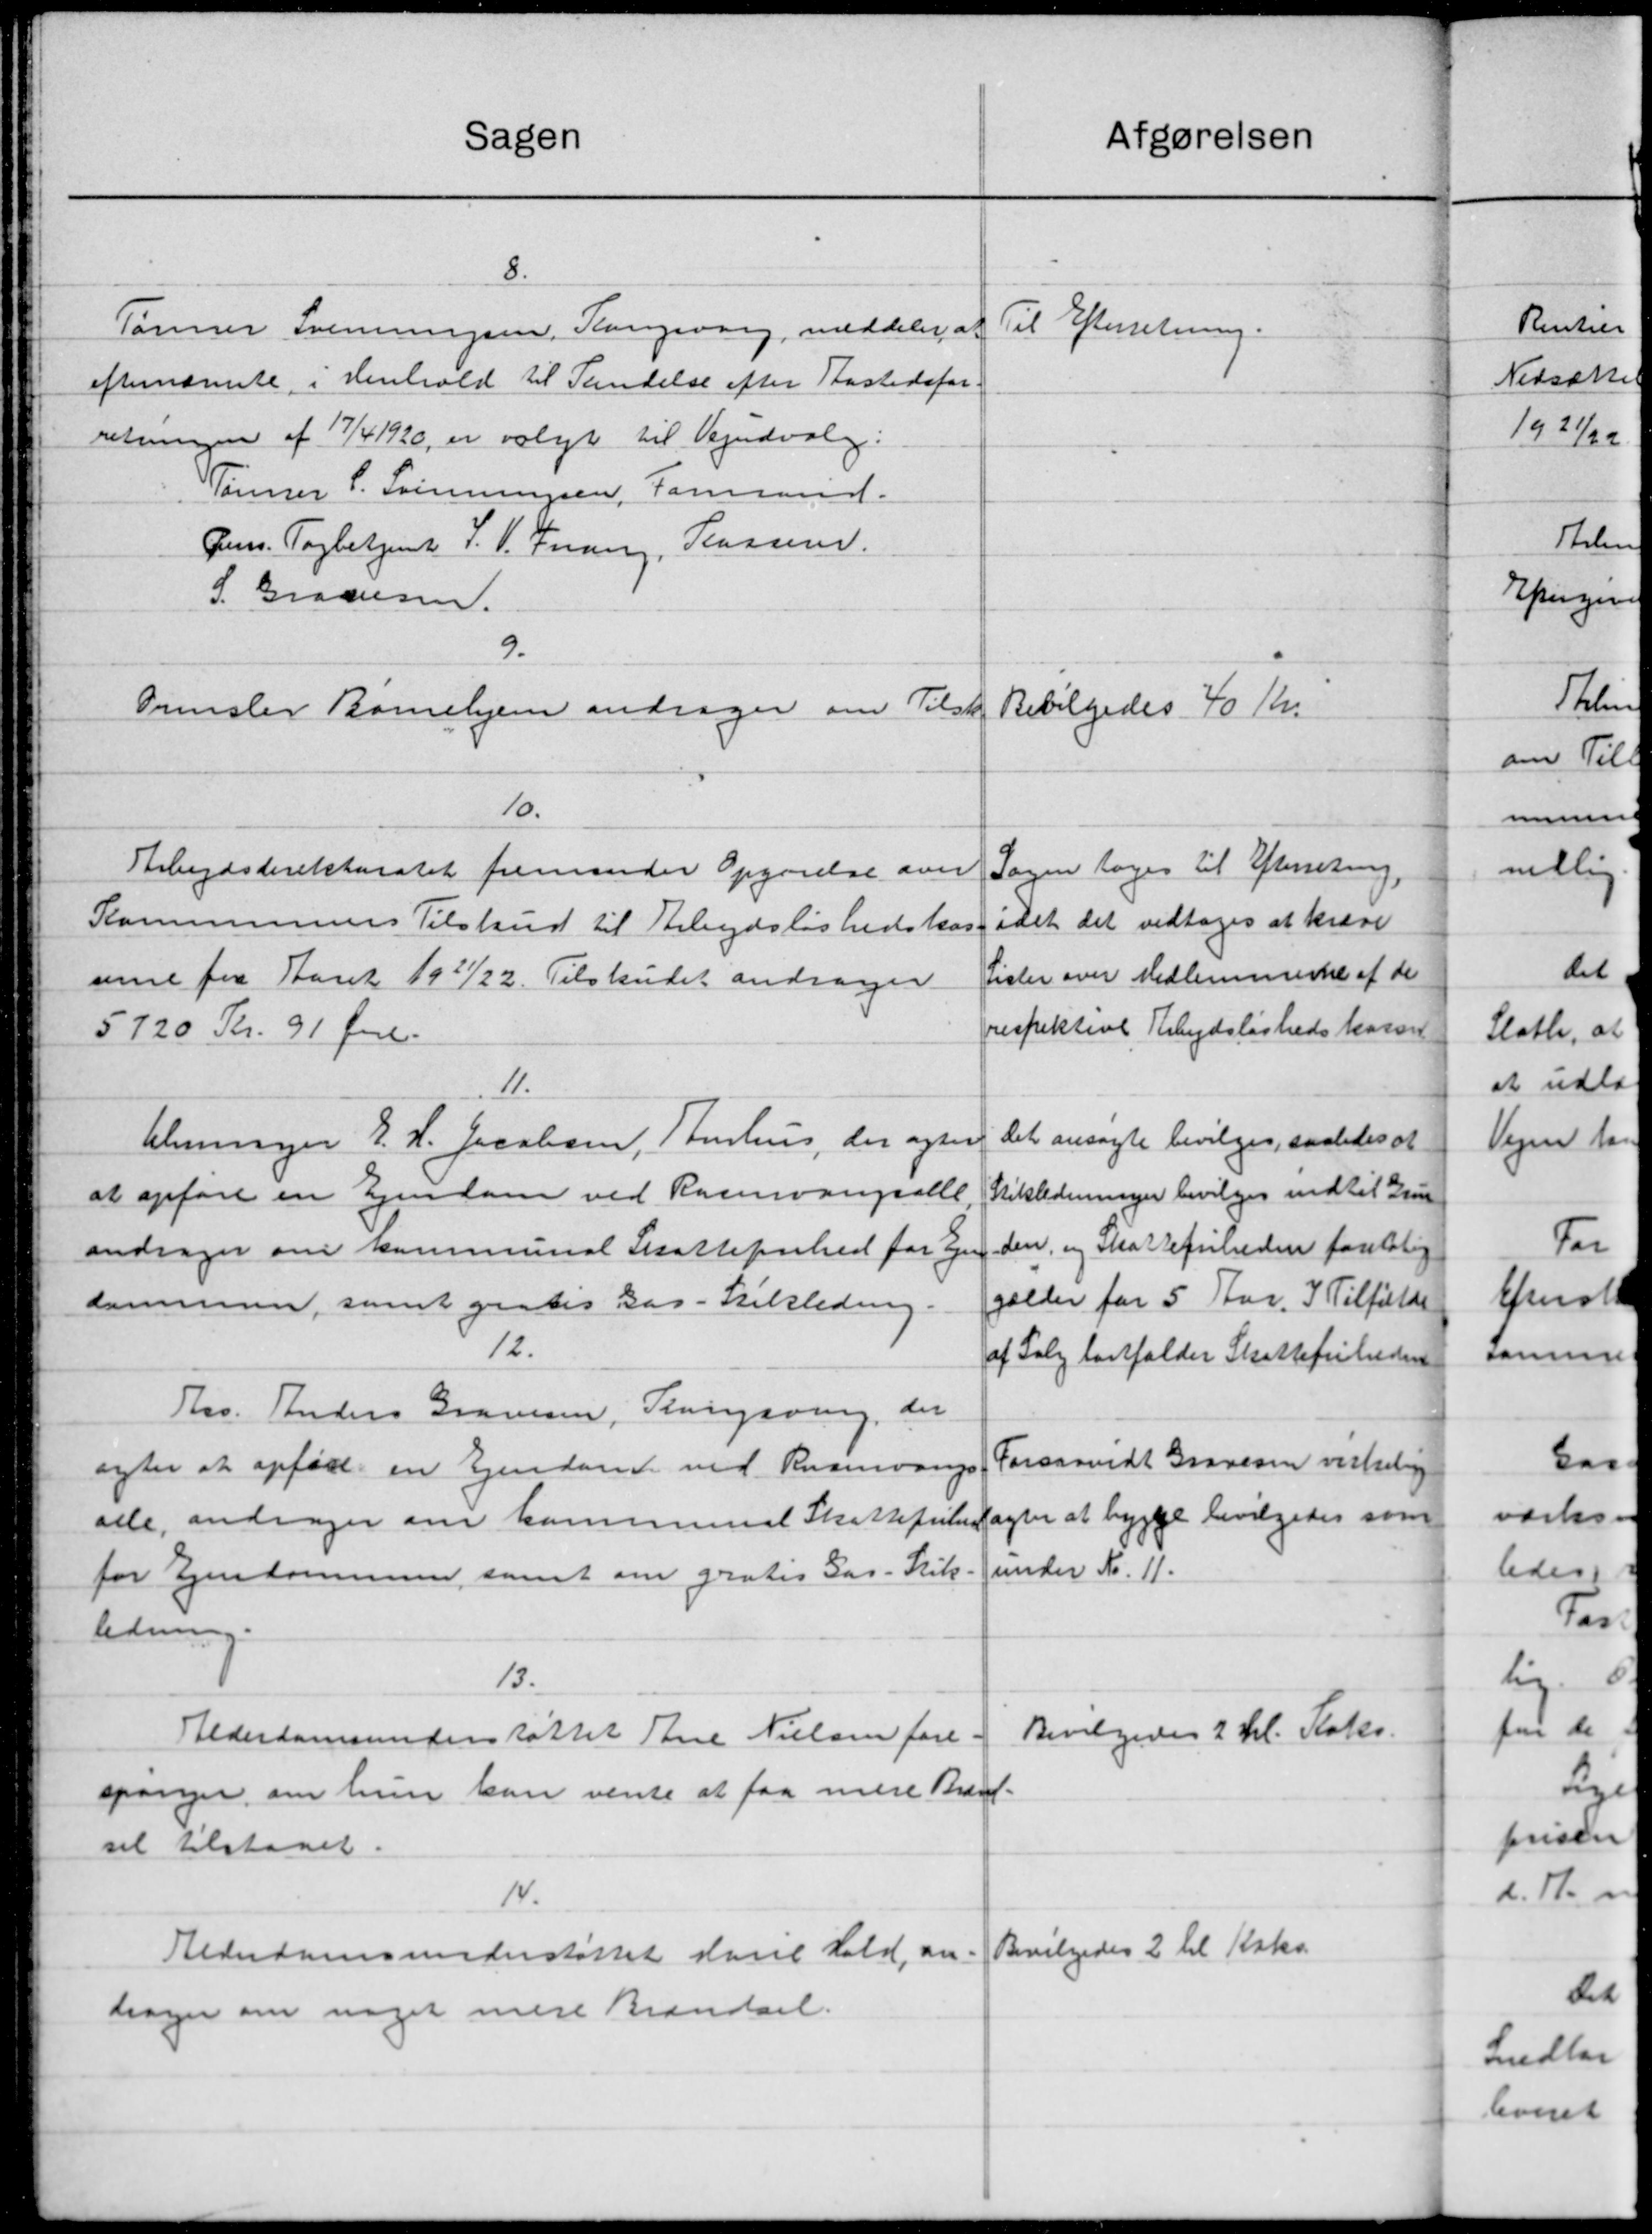
Transskription:
Sagen
atgørelsen
8.
Til Efterretning.
Tømrer Svenningsen, Kangeborg, meddeler at
efternævnte i Henhold til Tandelse efter Rastedsfor-
retningen af 17/4 1920, er valgt til Vejudvalg:
Tømrer P. Svinningsen, Formand.
Jens Tagbetjent S. V. Trang, Kasserer.
S. Graasen.
9.
Ormslev Børnehjem andrager om Tilsk. Bevilgedes 40 Kr.
10.
Sagen toges til Efterretning
Arbejdsdirektoratet fremsender Opgørelse over
idet det vedtoges at kræve
Kommunens Tilskud til Arbejdsløshedskas
Lister over Medlemmerne af de
uerne fra Aaret 1921/22. Tilskudet andrager
respektive Arbejdsløshedskassen
5720 Kr. 91 Øre.
11.
Aleninger E. H. Jacobsen, Stenhus, der ogsaa
det ansøgte bevilges, saaledes at
Stikledninger bevilges indtil Grun
at opføre en Ejendom ved Rasevangsalle
den, og Skattefulden foretalig
andrager om kommunal Skattefrihed for Ejen
gælder for 5 Aar. I Tilfælde
dommen, samt gratis Bar-Tilsledning
12.
af Salg fortfalder Skattefriheden
Ths. Anders Gravesen, Slangsving, der
Forsaavidt Gravesen virkelige
agter at opført en Ejendom ved Rusevangs
agter at bygge bevilgedes som
alle, andrager om kommunal Skattefriheds
under Nr. 11.
for Ejendommen, samt om gratis Gas-Stik-
ledning.
13.
Bevilgedes 2 Kl. Koks.
Alderdomsunderstøttet Sine Nielsen fore-
spørger om hun kan vente at faa mere Brænd-
sil tilstaaet.
14.
Bevilgedes 2 til Koks.
Alderdomsunderstøttet sarie Hald, an-
høger om noget mere Brændsel.